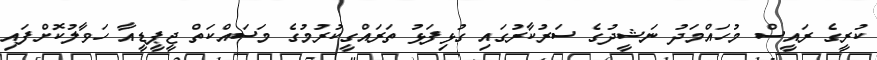
ކުރީގެ ރައީސް މުހައްމަދު ނަޝީދުގެ ސަރުކާރުގައި ގުޅިފަޅު ތަރައްގީކުރުމުގެ މަސައްކަތް ޖީޕީޑީއާ ހަވާލުކޮށްފައި